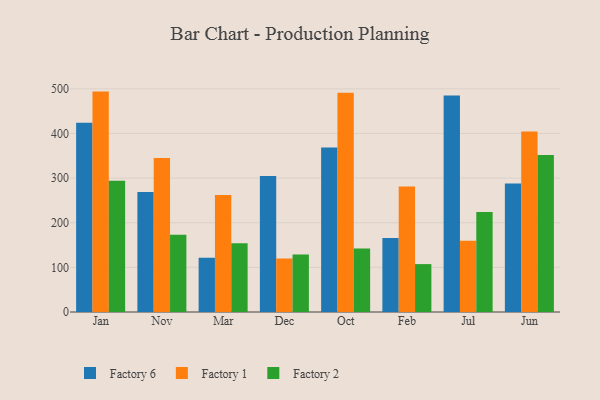
{"axis": {"x": "Month", "y": "Humidity (%)"}, "legend": ["Factory 1", "Factory 2", "Factory 6"], "data": [{"x": "Jan", "y": 423.9, "type": "Factory 6"}, {"x": "Jan", "y": 493.7, "type": "Factory 1"}, {"x": "Jan", "y": 293.9, "type": "Factory 2"}, {"x": "Nov", "y": 268.8, "type": "Factory 6"}, {"x": "Nov", "y": 344.8, "type": "Factory 1"}, {"x": "Nov", "y": 173.3, "type": "Factory 2"}, {"x": "Mar", "y": 121.7, "type": "Factory 6"}, {"x": "Mar", "y": 262.1, "type": "Factory 1"}, {"x": "Mar", "y": 153.8, "type": "Factory 2"}, {"x": "Dec", "y": 304.8, "type": "Factory 6"}, {"x": "Dec", "y": 120.0, "type": "Factory 1"}, {"x": "Dec", "y": 129.0, "type": "Factory 2"}, {"x": "Oct", "y": 368.6, "type": "Factory 6"}, {"x": "Oct", "y": 491.0, "type": "Factory 1"}, {"x": "Oct", "y": 142.3, "type": "Factory 2"}, {"x": "Feb", "y": 165.7, "type": "Factory 6"}, {"x": "Feb", "y": 281.0, "type": "Factory 1"}, {"x": "Feb", "y": 107.3, "type": "Factory 2"}, {"x": "Jul", "y": 485.1, "type": "Factory 6"}, {"x": "Jul", "y": 159.5, "type": "Factory 1"}, {"x": "Jul", "y": 224.1, "type": "Factory 2"}, {"x": "Jun", "y": 287.8, "type": "Factory 6"}, {"x": "Jun", "y": 404.4, "type": "Factory 1"}, {"x": "Jun", "y": 351.9, "type": "Factory 2"}]}